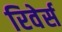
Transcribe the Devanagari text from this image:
रिवेर्स